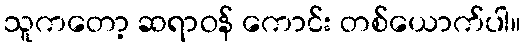
သူကတော့ ဆရာဝန် ကောင်း တစ်ယောက်ပါ။